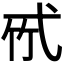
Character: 𢎉